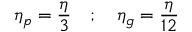
\eta _ { p } = \frac { \eta } { 3 } \quad ; \quad \eta _ { g } = \frac { \eta } { 1 2 }